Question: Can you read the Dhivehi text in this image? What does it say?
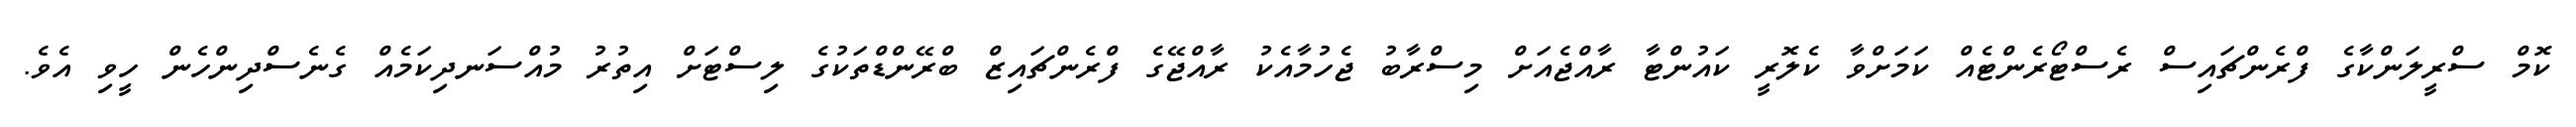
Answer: ކޮމް ސްރީލަންކާގެ ފްރެންޗައިސް ރެސްޓޯރެންޓެއް ކަމަށްވާ ކެލޮރީ ކައުންޓާ ރާއްޖެއަށް މިސްރާބު ޖެހުމާއެކު ރާއްޖޭގެ ފްރެންޗައިޒް ބްރޭންޑްތަކުގެ ލިސްޓަށް އިތުރު މުއްސަނދިކަމެއް ގެނެސްދިންހެން ހީވި އެވެ.